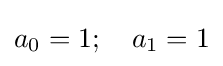
a_{0}=1;\quad a_{1}=1